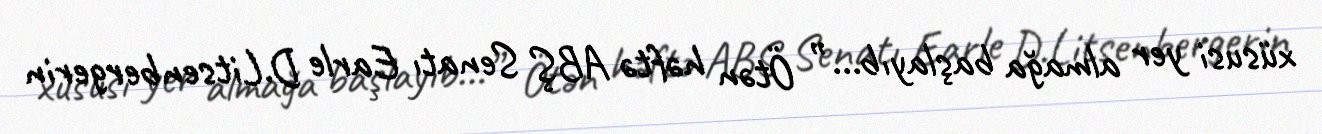
xüsusi yer almağa başlayıb...” Ötən həftə ABŞ Senatı Earle D.Litsenbergerin